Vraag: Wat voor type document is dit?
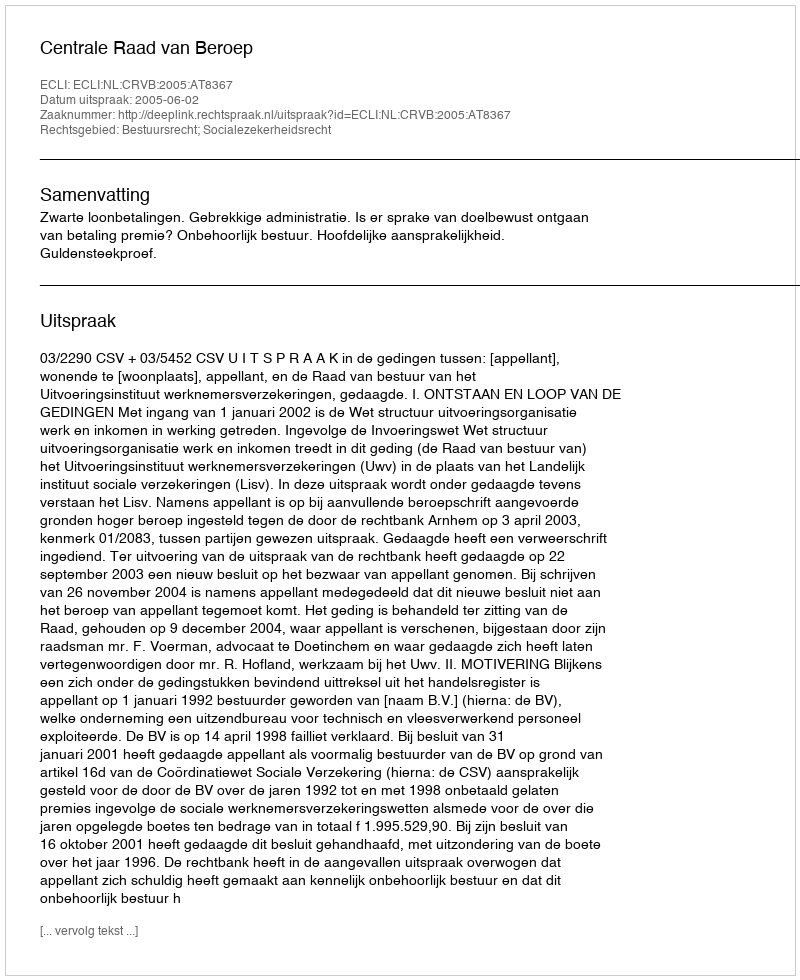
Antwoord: Uitspraak